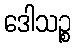
ဒေါသဉ္စ